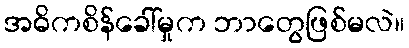
အဓိကစိန်ခေါ်မှုက ဘာတွေဖြစ်မလဲ။